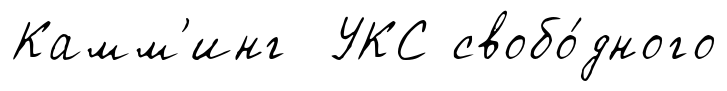
Камм'инг УКС свобо́дного